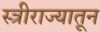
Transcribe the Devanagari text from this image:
स्त्रीराज्यातून